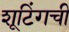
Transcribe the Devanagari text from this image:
शूटिंगची